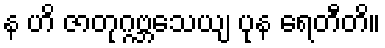
န ဟိ ဇာတုဂ္ဂဗ္ဘသေယျ ပုန ရေတီတိ။